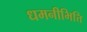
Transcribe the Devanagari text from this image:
धमनीभित्ति